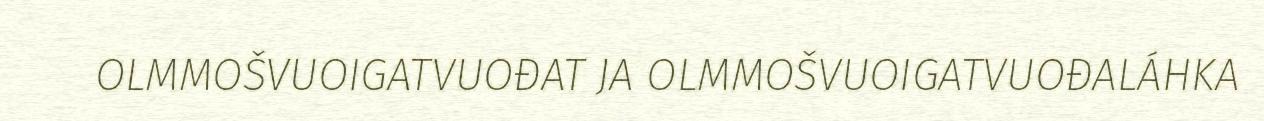
OLMMOŠVUOIGATVUOĐAT JA OLMMOŠVUOIGATVUOĐALÁHKA